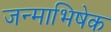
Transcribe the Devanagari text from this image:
जन्माभिषेक